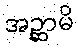
အဉ္ဆာမိ